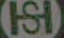
Cel